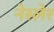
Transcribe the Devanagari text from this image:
नेस्लेर